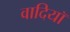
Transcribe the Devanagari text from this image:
वादियॉ